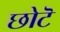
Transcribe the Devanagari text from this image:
छोटॆ